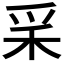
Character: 𥝩